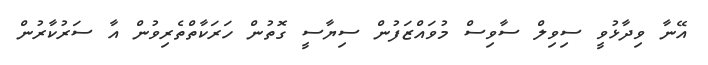
އޭނާ ވިދާޅުވީ ސިވިލް ސާވިސް މުވައްޒަފުން ސިޔާސީ ގޮތުން ހަރަކާތްތެރިވުން އާ ސަރުކާރުން